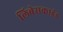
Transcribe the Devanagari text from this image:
लिबेसकाइंड